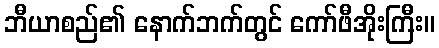
ဘီယာစည်၏ နောက်ဘက်တွင် ကော်ဖီအိုးကြီး။